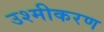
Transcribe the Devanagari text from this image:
उश्मीकरण